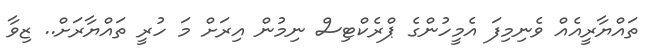
ތައްޔާރީއެއް ވެނިމިފަ އެމީހުންގެ ޕްރެކްޓިސް ނިމުން އިރަށް މަ ހުރީ ތައްޔާރަށް.. ޒިވާ